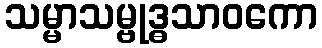
သမ္မာသမ္ဗုဒ္ဓသာဝကော